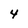
Character: 4